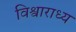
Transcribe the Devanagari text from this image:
विश्वाराध्य